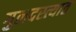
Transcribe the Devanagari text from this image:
गुलदस्त्यात